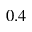
0 . 4